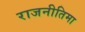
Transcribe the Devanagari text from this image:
राजनीतिमा